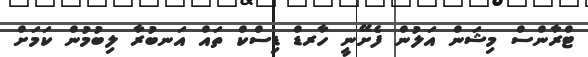
ޓްރާންސް މިޝަން އަލުން ފެށޭނީ ހާރޑް ޑިސްކް ތައް އަނބުރާ ލިބުމުން ކަމަށް